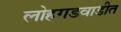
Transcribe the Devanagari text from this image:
लोहगडवाडीत